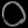
Digit: ၀